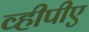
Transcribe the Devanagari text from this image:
व्हीपीए